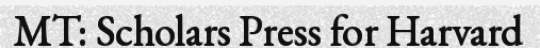
MT: Scholars Press for Harvard